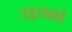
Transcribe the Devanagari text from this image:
उड्डयको